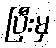
ပြီးမှ